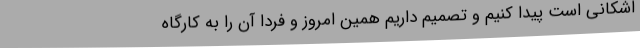
اشکانی است پیدا کنیم و تصمیم داریم همین امروز و فردا آن را به کارگاه